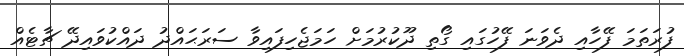
ފުރަތަމަ ފޭހާއި ދެވަނަ ފޭހުގައި ގޯތި ދޫކުރުމަށް ހަމަޖެހިފައިވާ ސަރަޙައްދު ދައްކުވައިދޭ ޗާޓެއް